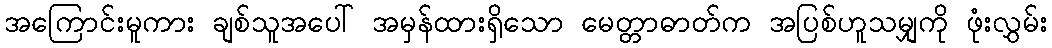
အကြောင်းမူကား ချစ်သူအပေါ် အမှန်ထားရှိသော မေတ္တာဓာတ်က အပြစ်ဟူသမျှကို ဖုံးလွှမ်း